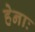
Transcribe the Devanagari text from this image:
हेनाः